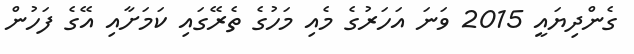
ގެންދިޔައީ 2015 ވަނަ އަހަރުގެ މެއި މަހުގެ ތެރޭގައި ކަމަށާއި އޭގެ ފަހުން